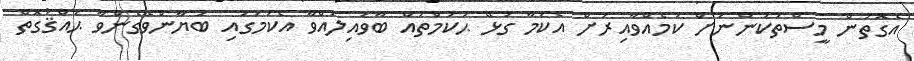
އެގޮތުން މީސްތަކުންނަށް ކަމެއްވާއިރަށް އެކަމާ ގުޅޭ ޙުކުމްތައް ބާވައިލައްވާ އެކަމުގައި ބަޔާންވެގެންވާ ޙައްޤުގޮތް